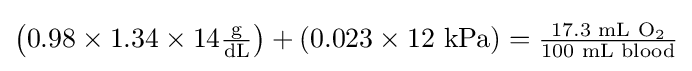
{\textstyle \left(0.98\times 1.34\times 14{\frac {\text{g}}{\text{dL}}}\right)+(0.023\times 12{\text{ kPa}})={\frac {17.3{\text{ mL O}}_{2}}{100{\text{ mL blood}}}}}